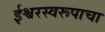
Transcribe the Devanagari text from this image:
ईश्वरस्वरूपाचा